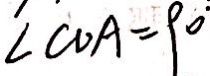
\angle C D A = 9 0 ^ { \circ }